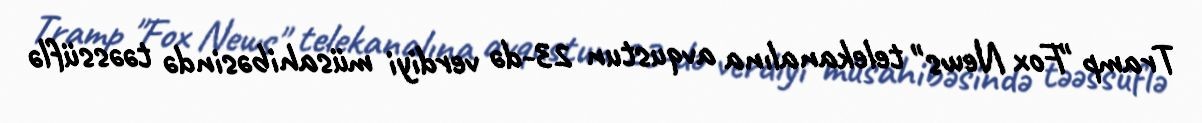
Tramp "Fox News" telekanalına avqustun 23-də verdiyi müsahibəsində təəssüflə